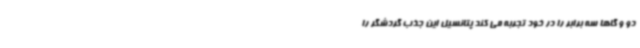
دو و گاها سه برابر را در خود تجربه می کند پتانسیل این جذب گردشگر را